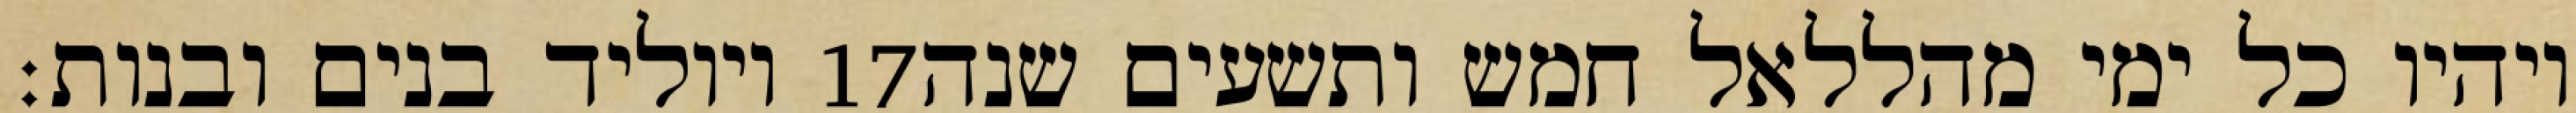
ויוליד בנים ובנות׃ ‎17‏ ויהיו כל ימי מהללאל חמש ותשעים שנה